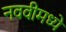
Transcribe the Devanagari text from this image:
नववीमध्ये